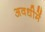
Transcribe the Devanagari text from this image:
अवधीमें